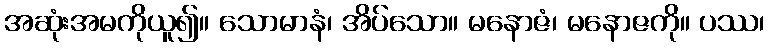
အဆုံးအမကိုယူ၍။ သောမာနံ၊ အိပ်သော။ မနောဇံ၊ မနောဇကို။ ပဿ၊